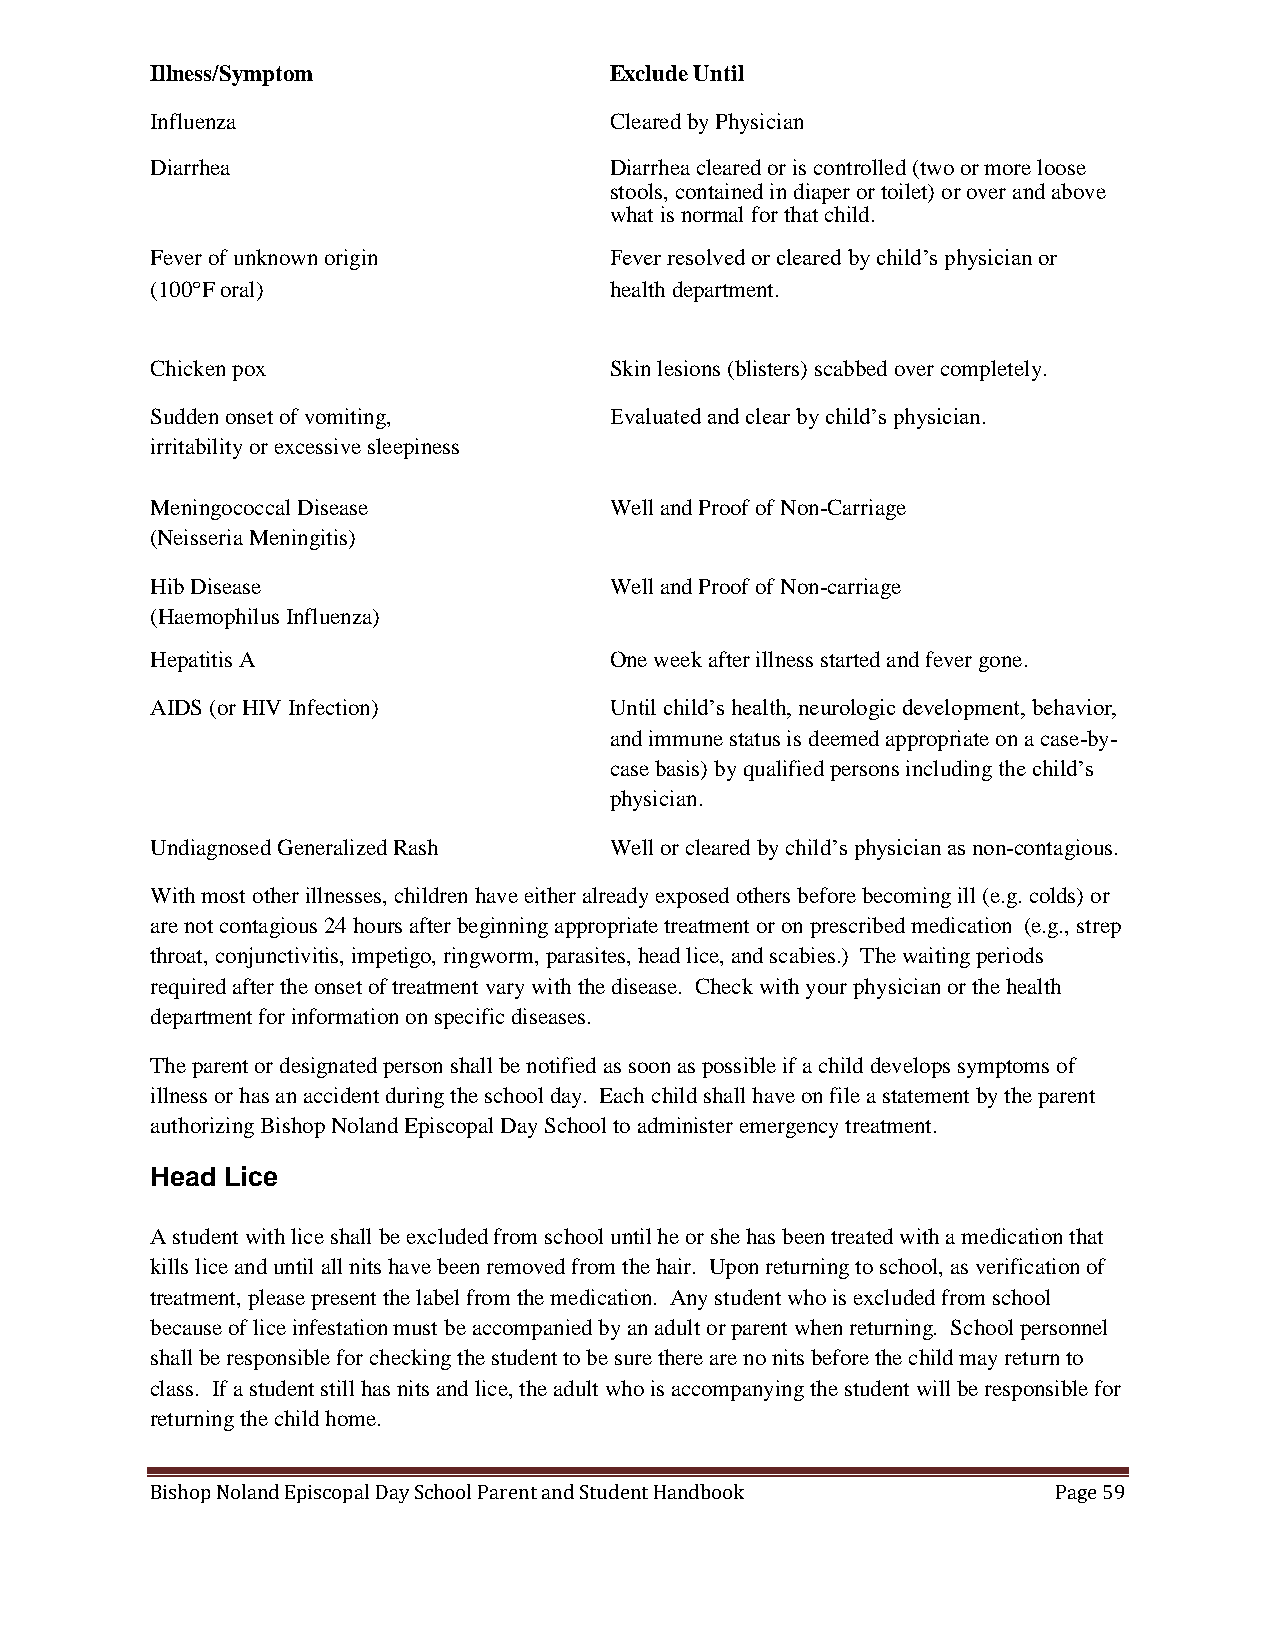
Illness/Symptom               Exclude Until
 Influenza                     Cleared by Physician
 Diarrhea                      Diarrhea cleared or is controlled (two or more loose
 stools, contained in diaper or toilet) or over and above
 what is normal for that child.
 Fever of unknown origin       Fever resolved or cleared by child’s physician or
 (100F oral)                  health department.
 Chicken pox                   Skin lesions (blisters) scabbed over completely.
 Sudden onset of vomiting,     Evaluated and clear by child’s physician.
 irritability or excessive sleepiness
 Meningococcal Disease         Well and Proof of Non-Carriage
 (Neisseria Meningitis)
 Hib Disease                   Well and Proof of Non-carriage
 (Haemophilus Influenza)
 Hepatitis A                   One week after illness started and fever gone.
 AIDS (or HIV Infection)       Until child’s health, neurologic development, behavior,
 and immune status is deemed appropriate on a case-by-
 case basis) by qualified persons including the child’s
 physician.
 Undiagnosed Generalized Rash  Well or cleared by child’s physician as non-contagious.
 With most other illnesses, children have either already exposed others before becoming ill (e.g. colds) or
 are not contagious 24 hours after beginning appropriate treatment or on prescribed medication (e.g., strep
 throat, conjunctivitis, impetigo, ringworm, parasites, head lice, and scabies.) The waiting periods
 required after the onset of treatment vary with the disease. Check with your physician or the health
 department for information on specific diseases.
 The parent or designated person shall be notified as soon as possible if a child develops symptoms of
 illness or has an accident during the school day. Each child shall have on file a statement by the parent
 authorizing Bishop Noland Episcopal Day School to administer emergency treatment.
 Head Lice
 A student with lice shall be excluded from school until he or she has been treated with a medication that
 kills lice and until all nits have been removed from the hair. Upon returning to school, as verification of
 treatment, please present the label from the medication. Any student who is excluded from school
 because of lice infestation must be accompanied by an adult or parent when returning. School personnel
 shall be responsible for checking the student to be sure there are no nits before the child may return to
 class. If a student still has nits and lice, the adult who is accompanying the student will be responsible for
 returning the child home.
 Bishop Noland Episcopal Day School Parent and Student Handbook Page 59